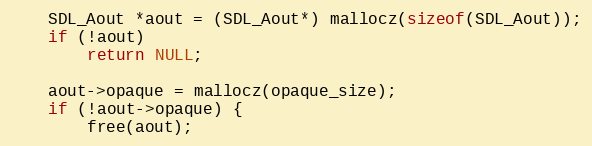
Language: C
    SDL_Aout *aout = (SDL_Aout*) mallocz(sizeof(SDL_Aout));
    if (!aout)
        return NULL;

    aout->opaque = mallocz(opaque_size);
    if (!aout->opaque) {
        free(aout);